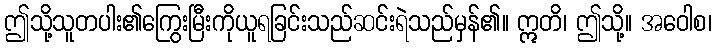
ဤသို့သူတပါး၏ကြွေးမြီးကိုယူရခြင်းသည်ဆင်းရဲသည်မှန်၏။ ဣတိ၊ ဤသို့။ အဝေါစ၊